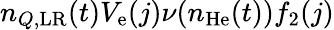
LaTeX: n_{Q,\mathrm{LR}}(t)V_{\mathrm{e}}(j)\nu(n_{\mathrm{He}}(t))f_{2}(j)